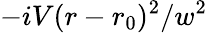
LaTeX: -iV(r-r_{0})^{2}/w^{2}